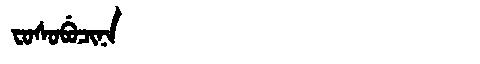
Manchu: ᠸᠣᠰᠣᠪᡠᠴᡳᠨᠠ
Romanization: FOSOBUCINA